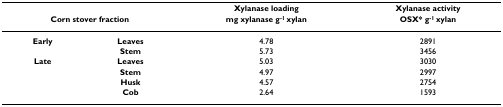
<table><thead><tr><td></td><td></td><td><b>Xylanase loading</b></td><td><b>Xylanase activity</b></td></tr><tr><td colspan="2"><b>Corn stover fraction</b></td><td><b>mg xylanase g<sup>-1 </sup>xylan</b></td><td><b>OSX* g<sup>-1 </sup>xylan</b></td></tr></thead><tbody><tr><td><b>Early</b></td><td><b>Leaves</b></td><td>4.78</td><td>2891</td></tr><tr><td></td><td><b>Stem</b></td><td>5.73</td><td>3456</td></tr><tr><td><b>Late</b></td><td><b>Leaves</b></td><td>5.03</td><td>3030</td></tr><tr><td></td><td><b>Stem</b></td><td>4.97</td><td>2997</td></tr><tr><td></td><td><b>Husk</b></td><td>4.57</td><td>2754</td></tr><tr><td></td><td><b>Cob</b></td><td>2.64</td><td>1593</td></tr></tbody></table>